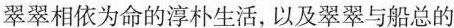
翠翠相依为命的淳朴生活，以及翠翠与船总的